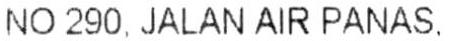
NO 290. JALAN AIR PANAS.